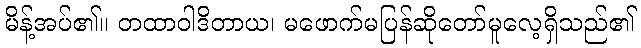
မိန့်အပ်၏။ တထာဝါဒိတာယ၊ မဖောက်မပြန်ဆိုတော်မူလေ့ရှိသည်၏